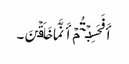
أَفَحَسِبۡتُمۡ أَنَّمَا خَلَقۡنَ۔